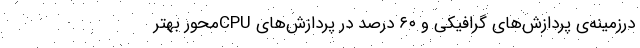
درزمینه‌ی پردازش‌های گرافیکی و ۶۰ درصد در پردازش‌های CPU‌محور بهتر